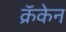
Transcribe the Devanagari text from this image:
क्रॅकेन